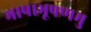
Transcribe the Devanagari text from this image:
भाषाभूषणमु